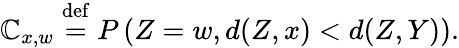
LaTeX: \mathbb{C}_{x,w}\stackrel{\mathrm{{def}}}{=}P\left(Z=w,d(Z,x)<d(Z,Y)\right).